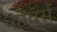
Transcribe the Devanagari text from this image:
कोवर्स